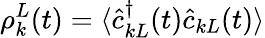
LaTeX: \rho_{k}^{L}(t)=\langle\hat{c}_{kL}^{\dagger}(t)\hat{c}_{kL}(t)\rangle